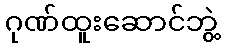
ဂုဏ်ထူးဆောင်ဘွဲ့